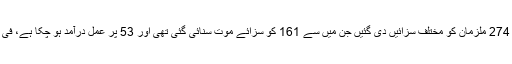
اُن کے مطابق ‘ فوجی عدالتوں کی پچھلی مدت کے دوران کل 274 ملزمان کو مختلف سزائیں دی گئیں جن میں سے 161 کو سزائے موت سنائی گئی تھی اور 53 پر عمل درآمد ہو چکا ہے، فی الحال 40 مختلف مقدمات فوجی عدالتوں میں زیر سماعت ہیں۔